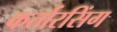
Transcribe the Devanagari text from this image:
कर्तारसिंग